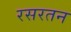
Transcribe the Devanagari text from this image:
रसरतन